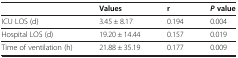
<table><thead><tr><td><b> </b></td><td><b>Values</b></td><td><b>r</b></td><td><b><i>P </i>value</b></td></tr></thead><tbody><tr><td>ICU LOS (d)</td><td>3.45 ± 8.17</td><td>0.194</td><td>0.004</td></tr><tr><td>Hospital LOS (d)</td><td>19.20 ± 14.44</td><td>0.157</td><td>0.019</td></tr><tr><td>Time of ventilation (h)</td><td>21.88 ± 35.19</td><td>0.177</td><td>0.009</td></tr></tbody></table>